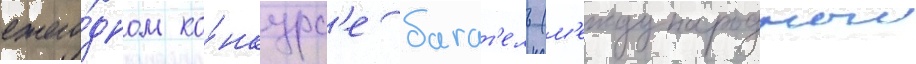
ежего́дном ко́нкурс'е багат'ель (м'еждународныи